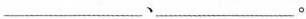
-、-。